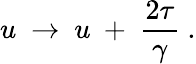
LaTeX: u~\to~u~+~{\frac{2\tau}{\gamma}}\ .